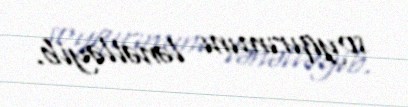
soyqırımını lənətləyib.